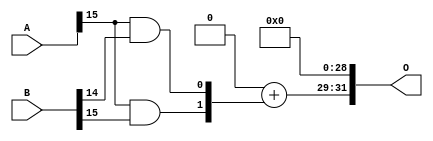
// This program was cloned from: https://github.com/ehw-fit/evoapproxlib
// License: MIT License

/***
* This code is a part of EvoApproxLib library (ehw.fit.vutbr.cz/approxlib) distributed under The MIT License.
* When used, please cite the following article(s): V. Mrazek, Z. Vasicek, L. Sekanina, H. Jiang and J. Han, "Scalable Construction of Approximate Multipliers With Formally Guaranteed Worst Case Error" in IEEE Transactions on Very Large Scale Integration (VLSI) Systems, vol. 26, no. 11, pp. 2572-2576, Nov. 2018. doi: 10.1109/TVLSI.2018.2856362 
* This file contains a circuit from a sub-set of pareto optimal circuits with respect to the pwr and mse parameters
***/
// MAE% = 15.62 %
// MAE = 671055872 
// WCE% = 62.50 %
// WCE = 2684223489 
// WCRE% = 100.00 %
// EP% = 100.00 %
// MRE% = 79.49 %
// MSE = 71651.74e13 
// PDK45_PWR = 0.00063 mW
// PDK45_AREA = 4.7 um2
// PDK45_DELAY = 0.04 ns


module mul16u_G9P ( A, B, O );
  input [15:0] A;
  input [15:0] B;
  output [31:0] O;

  wire S_15_14,S_15_15,S_16_13,S_16_14,S_16_15;

  assign S_15_14 = (A[15] & B[14]);
  assign S_15_15 = (A[15] & B[15]);
  assign {S_16_15, S_16_14, S_16_13} = {1'b0, 1'b0} + {S_15_15, S_15_14};
  assign O = {S_16_15,S_16_14,S_16_13,1'b0,1'b0,1'b0,1'b0,1'b0,1'b0,1'b0,1'b0,1'b0,1'b0,1'b0,1'b0,1'b0,1'b0,1'b0,1'b0,1'b0,1'b0,1'b0,1'b0,1'b0,1'b0,1'b0,1'b0,1'b0,1'b0,1'b0,1'b0,1'b0};

endmodule